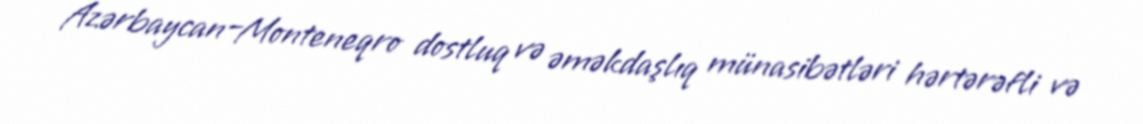
Azərbaycan–Monteneqro dostluq və əməkdaşlıq münasibətləri hərtərəfli və